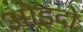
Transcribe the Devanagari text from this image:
ओइदो